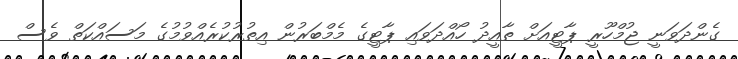
ގެންދަވަނީ ޖުމްހޫރީ ޕާޓީއަށް ތާއީދު ހޯއްދަވައި ޕާޓީގެ މެމްބަރުން އިތުރުކުރެއްވުމުގެ މަސައްކަތް ވެސް